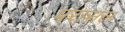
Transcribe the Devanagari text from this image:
परासल